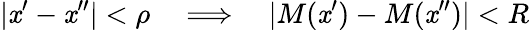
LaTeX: |\mathit{x}^{\prime}-\mathit{x}^{\prime\prime}|<\rho\quad\Longrightarrow\quad|M(\mathit{x}^{\prime})-M(\mathit{x}^{\prime\prime})|<R